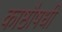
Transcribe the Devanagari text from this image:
काष्ठौषधी